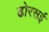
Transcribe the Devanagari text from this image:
ढोरसई